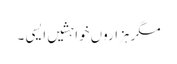
مگر ہزاروں خواہشیں ایسی ۔